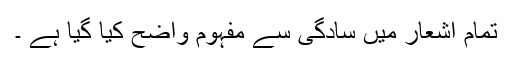
تمام اشعار میں سادگی سے مفہوم واضح کیا گیا ہے ۔